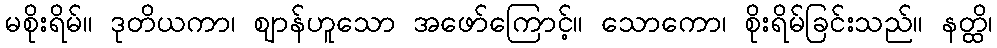
မစိုးရိမ်။ ဒုတိယကာ၊ ဈာန်ဟူသော အဖော်ကြောင့်။ သောကော၊ စိုးရိမ်ခြင်းသည်။ နတ္ထိ၊